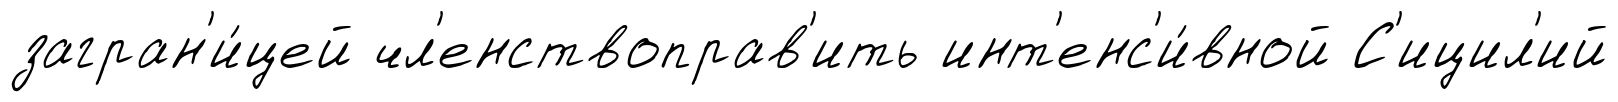
загран'и́цей чл'енствоправ'ить инт'енс'и́вной С'ицил'ий